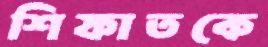
শিফাতকে